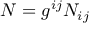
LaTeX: N = g ^ { i j } N _ { i j }